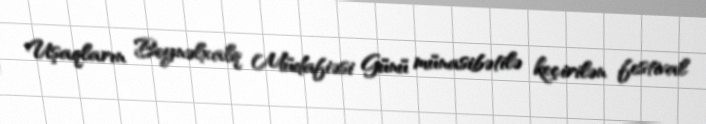
Uşaqların Beynəlxalq Müdafiəsi Günü münasibətilə keçirilən festival